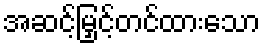
အဆင့်မြှင့်တင်ထားသော